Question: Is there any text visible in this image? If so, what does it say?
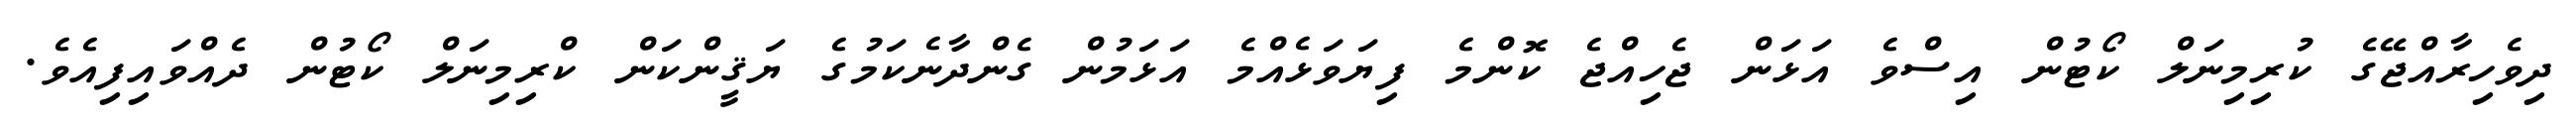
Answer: ދިވެހިރާއްޖޭގެ ކުރިމިނަލް ކޯޓުން އިސްވެ އަޅަން ޖެހިއްޖެ ކޮންމެ ފިޔަވަޅެއްމެ އަޅަމުން ގެންދާނެކަމުގެ ޔަޤީންކަން ކްރިމިނަލް ކޯޓުން ދެއްވައިފިއެވެ.